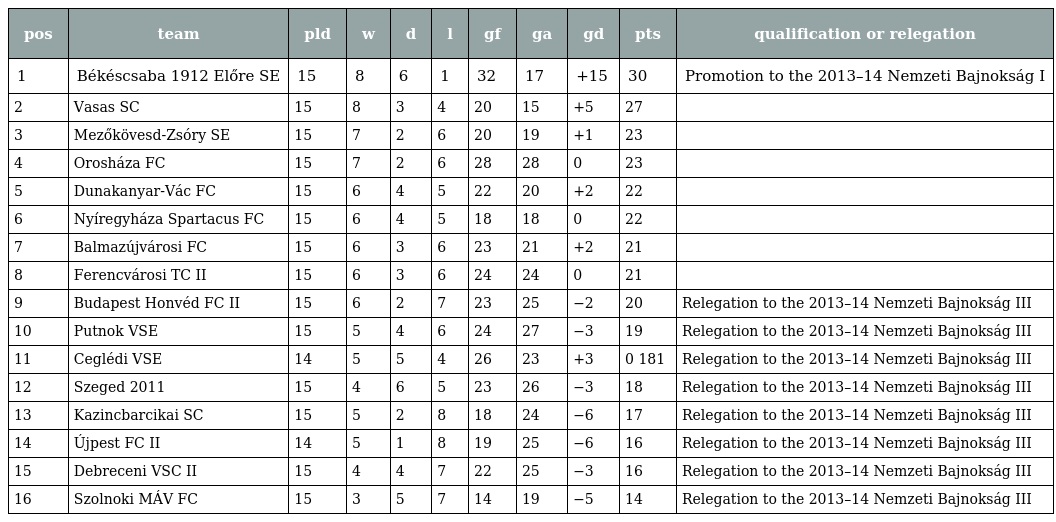
| pos | team | pld | w | d | l | gf | ga | gd | pts | qualification or relegation |
 | --- | --- | --- | --- | --- | --- | --- | --- | --- | --- | --- |
 | 1 | Békéscsaba 1912 Előre SE | 15 | 8 | 6 | 1 | 32 | 17 | +15 | 30 | Promotion to the 2013–14 Nemzeti Bajnokság I |
 | 2 | Vasas SC | 15 | 8 | 3 | 4 | 20 | 15 | +5 | 27 |  |
 | 3 | Mezőkövesd-Zsóry SE | 15 | 7 | 2 | 6 | 20 | 19 | +1 | 23 |  |
 | 4 | Orosháza FC | 15 | 7 | 2 | 6 | 28 | 28 | 0 | 23 |  |
 | 5 | Dunakanyar-Vác FC | 15 | 6 | 4 | 5 | 22 | 20 | +2 | 22 |  |
 | 6 | Nyíregyháza Spartacus FC | 15 | 6 | 4 | 5 | 18 | 18 | 0 | 22 |  |
 | 7 | Balmazújvárosi FC | 15 | 6 | 3 | 6 | 23 | 21 | +2 | 21 |  |
 | 8 | Ferencvárosi TC II | 15 | 6 | 3 | 6 | 24 | 24 | 0 | 21 |  |
 | 9 | Budapest Honvéd FC II | 15 | 6 | 2 | 7 | 23 | 25 | −2 | 20 | Relegation to the 2013–14 Nemzeti Bajnokság III |
 | 10 | Putnok VSE | 15 | 5 | 4 | 6 | 24 | 27 | −3 | 19 | Relegation to the 2013–14 Nemzeti Bajnokság III |
 | 11 | Ceglédi VSE | 14 | 5 | 5 | 4 | 26 | 23 | +3 | 0 181 | Relegation to the 2013–14 Nemzeti Bajnokság III |
 | 12 | Szeged 2011 | 15 | 4 | 6 | 5 | 23 | 26 | −3 | 18 | Relegation to the 2013–14 Nemzeti Bajnokság III |
 | 13 | Kazincbarcikai SC | 15 | 5 | 2 | 8 | 18 | 24 | −6 | 17 | Relegation to the 2013–14 Nemzeti Bajnokság III |
 | 14 | Újpest FC II | 14 | 5 | 1 | 8 | 19 | 25 | −6 | 16 | Relegation to the 2013–14 Nemzeti Bajnokság III |
 | 15 | Debreceni VSC II | 15 | 4 | 4 | 7 | 22 | 25 | −3 | 16 | Relegation to the 2013–14 Nemzeti Bajnokság III |
 | 16 | Szolnoki MÁV FC | 15 | 3 | 5 | 7 | 14 | 19 | −5 | 14 | Relegation to the 2013–14 Nemzeti Bajnokság III |